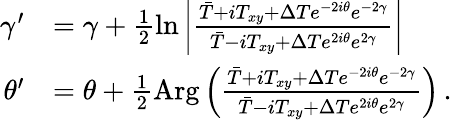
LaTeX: \begin{array}{rl}{\gamma^{\prime}}&{=\gamma+\frac{1}{2}\ln\left\vert\frac{\bar{T}+iT_{xy}+\Delta Te^{-2i\theta}e^{-2\gamma}}{\bar{T}-iT_{xy}+\Delta Te^{2i\theta}e^{2\gamma}}\right\vert}\\ {\theta^{\prime}}&{=\theta+\frac{1}{2}\mathrm{Arg}\left(\frac{\bar{T}+iT_{xy}+\Delta Te^{-2i\theta}e^{-2\gamma}}{\bar{T}-iT_{xy}+\Delta Te^{2i\theta}e^{2\gamma}}\right)\, .}\end{array}